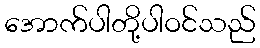
အောက်ပါတို့ပါဝင်သည်